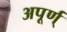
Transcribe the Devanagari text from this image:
अपूर्ण्